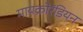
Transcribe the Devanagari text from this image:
मायक्रोरॅडियन